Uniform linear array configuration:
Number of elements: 24
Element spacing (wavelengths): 1
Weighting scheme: hann
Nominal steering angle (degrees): -60
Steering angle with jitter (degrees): -60.513
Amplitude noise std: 0.05
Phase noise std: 0.05

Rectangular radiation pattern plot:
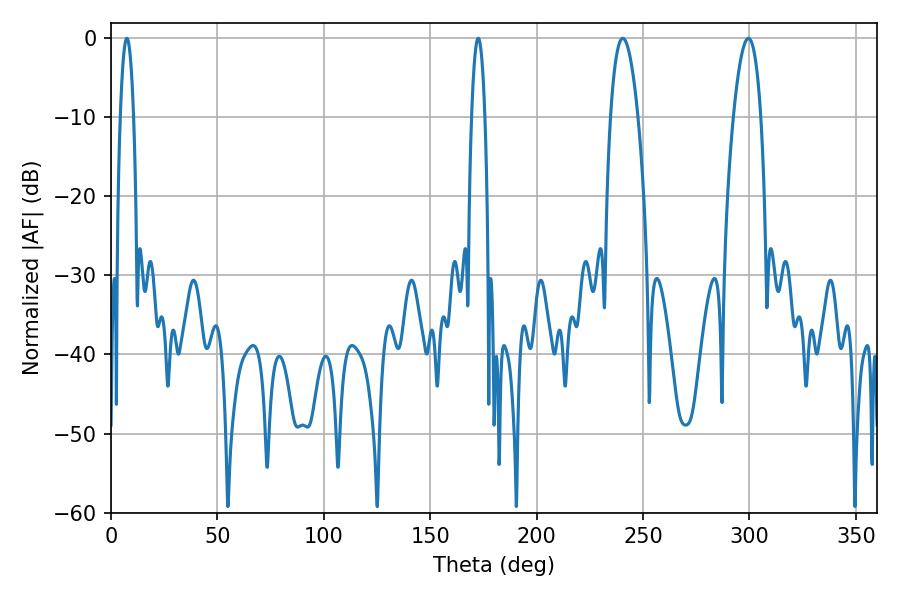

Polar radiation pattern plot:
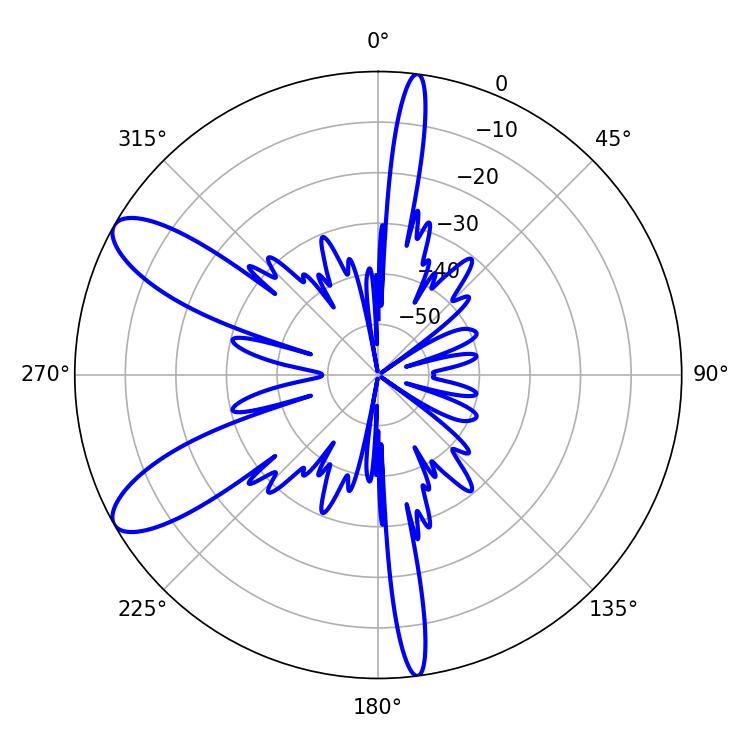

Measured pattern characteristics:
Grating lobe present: TRUE
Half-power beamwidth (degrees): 7.2
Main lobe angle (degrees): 240.48